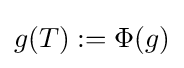
g(T):=\Phi (g)